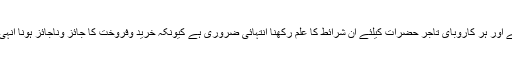
لہٰذا ہر لین دین کرنے والے اور ہر کاروبای تاجر حضرات کیلئے ان شرائط کا علم رکھنا انتہائی ضروری ہے کیونکہ خرید وفروخت کا جائز وناجائز ہونا انہی شرائط پر مبنی ہوتا ہے ۔